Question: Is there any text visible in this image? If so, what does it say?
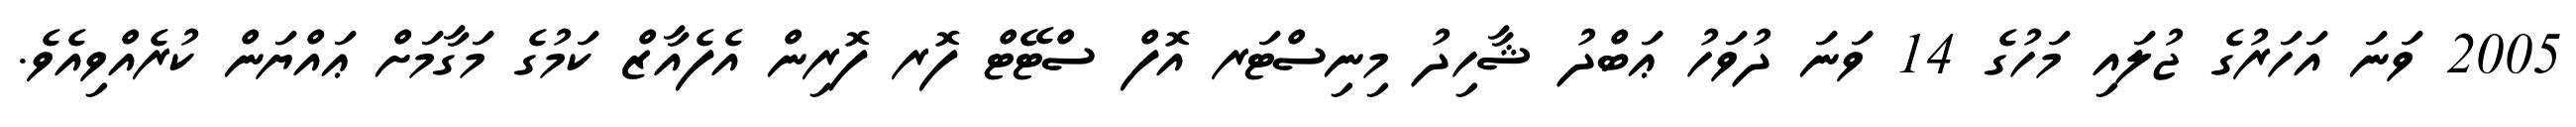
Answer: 2005 ވަނަ އަހަރުގެ ޖުލައި މަހުގެ 14 ވަނަ ދުވަހު ޢަބްދު ޝާހިދު މިނިސްޓަރ އޮފް ސްޓޭޓް ފޮރ ފޮރިން އެފެއާޒް ކަމުގެ މަގާމަށް ޢައްޔަން ކުރެއްވިއެވެ.